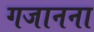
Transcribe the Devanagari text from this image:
गजानना